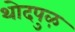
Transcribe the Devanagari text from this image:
थोदपुऴ